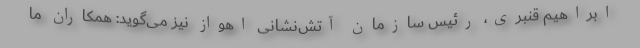
ابراهیم قنبری، رئیس سازمان آتش‌نشانی اهواز نیز می‌گوید: همکاران ما